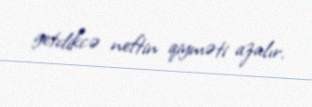
getdikcə neftin qiyməti azalır.